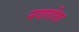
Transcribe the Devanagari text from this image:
नवतलित